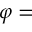
\varphi =